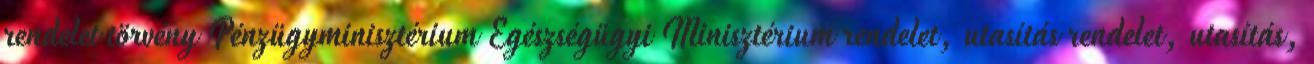
rendelet törvény Pénzügyminisztérium Egészségügyi Minisztérium rendelet, utasítás rendelet, utasítás,